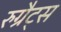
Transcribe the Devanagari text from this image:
रुग्रैट्स